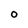
Character: O